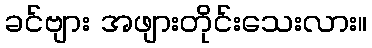
ခင်ဗျား အဖျားတိုင်းသေးလား။